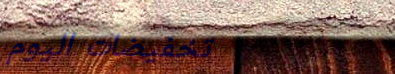
تخفيضات اليوم